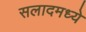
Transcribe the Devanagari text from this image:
सलादमध्ये